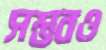
সম্ভবও